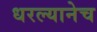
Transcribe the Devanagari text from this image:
धरल्यानेच